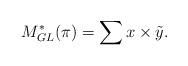
LaTeX: \begin{align*} M_{GL}^*(\pi)= \sum x\times \tilde{y}. \end{align*}